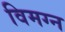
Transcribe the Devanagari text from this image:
विमग्न